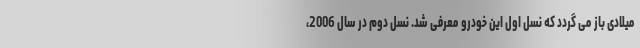
میلادی باز می گردد که نسل اول این خودرو معرفی شد. نسل دوم در سال 2006،